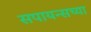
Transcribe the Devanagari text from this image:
सपायन्सच्या